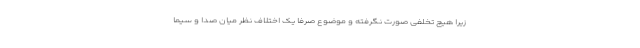
زیرا هیچ تخلفی صورت نگرفته و موضوع صرفا یک اختلاف نظر میان صدا و سیما